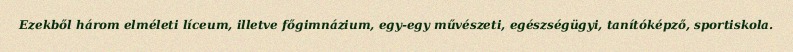
Ezekből három elméleti líceum, illetve főgimnázium, egy-egy művészeti, egészségügyi, tanítóképző, sportiskola.